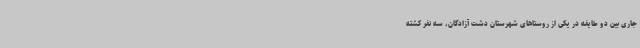
جاری بین دو طایفه در یکی از روستاهای شهرستان دشت آزادگان، سه نفر کشته